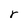
Character: r